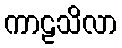
ကာဠသိလာ